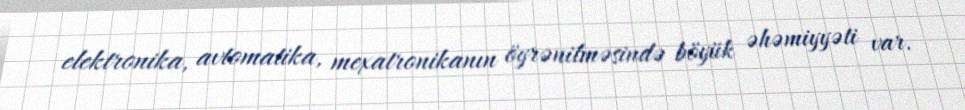
elektronika, avtomatika, mexatronikanın öyrənilməsində böyük əhəmiyyəti var.